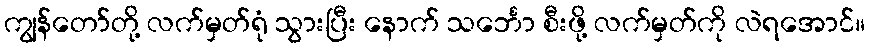
ကျွန်တော်တို့ လက်မှတ်ရုံ သွားပြီး နောက် သင်္ဘော စီးဖို့ လက်မှတ်ကို လဲရအောင်။